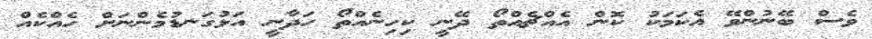
ވެސް ބޭނުންވޭ އެކަމަކު ކޮން އެއްޗެއްތޯ ދޭނީ ކިހިނެއްތޯ ހަދާނީ އަޅުގަނޑުމެންނަށް ހެއްކެއް